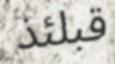
قبلئذ